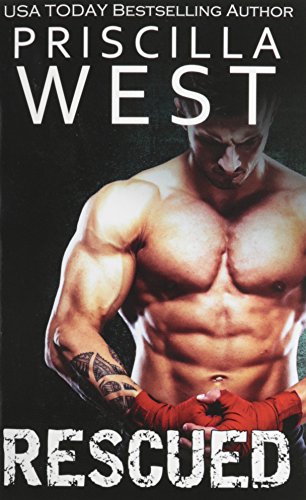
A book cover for Rescued; Priscilla West; Sports & Outdoors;